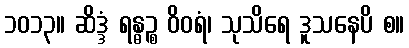
၁၀၁၃။ ဆိဒ္ဒံ ရန္ဓဉ္စ ဝိဝရံ၊ သုသိရေ ဒူသနေပိ စ။